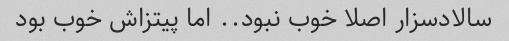
سالادسزار اصلا خوب نبود.. اما پیتزاش خوب بود